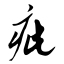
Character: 疵